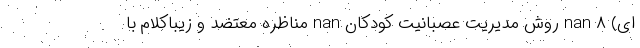
ای) nan ۸ روش مدیریت عصبانیت کودکان nan مناظره معتضد و زیباکلام با